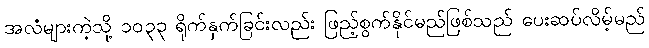
အလံများကဲ့သို့ ၁၀၃၃ ရိုက်နှက်ခြင်းလည်း ဖြည့်စွက်နိုင်မည်ဖြစ်သည် ပေးဆပ်လိမ့်မည်